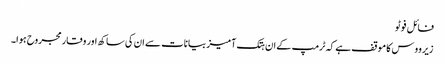
فائل فوٹو
زیرووس کا موقف ہے کہ ٹرمپ کے ان ہتک آمیز بیانات سے ان کی ساکھ اور وقار مجروح ہوا۔